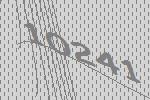
10241